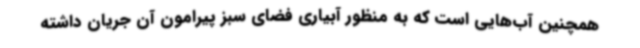
همچنین آب‌هایی است که به منظور آبیاری فضای سبز پیرامون آن جریان داشته